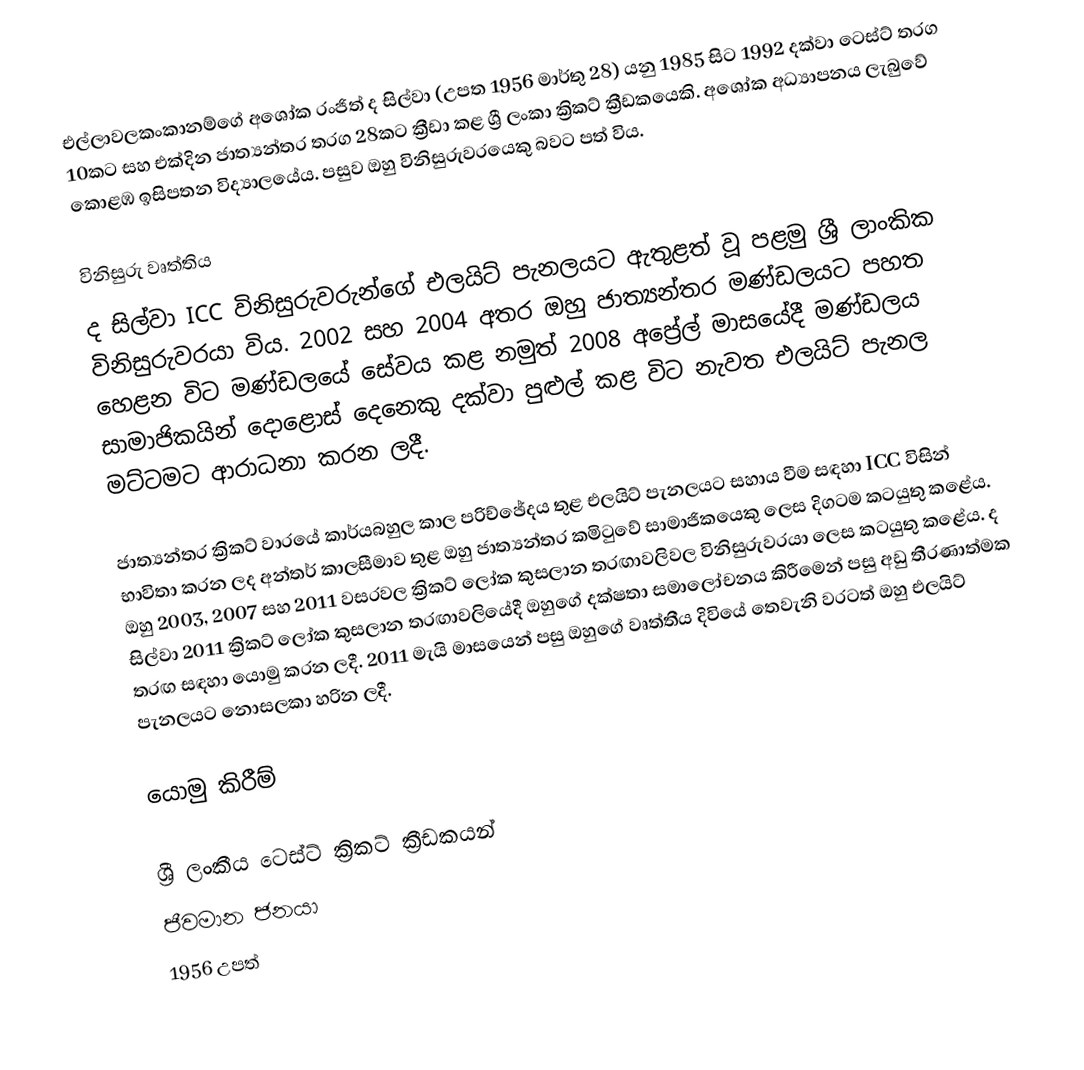
එල්ලාවලකංකානම්ගේ අශෝක රංජිත් ද සිල්වා (උපත 1956 මාර්තු 28) යනු 1985 සිට 1992 දක්වා ටෙස්ට් තරග 10කට සහ එක්දින ජාත්‍යන්තර තරග 28කට ක්‍රීඩා කළ ශ්‍රී ලංකා ක්‍රිකට් ක්‍රීඩකයෙකි. අශෝක අධ්‍යාපනය ලැබුවේ කොළඹ ඉසිපතන විද්‍යාලයේය. පසුව ඔහු විනිසුරුවරයෙකු බවට පත් විය.

විනිසුරු වෘත්තිය
ද සිල්වා ICC විනිසුරුවරුන්ගේ එලයිට් පැනලයට ඇතුළත් වූ පළමු ශ්‍රී ලාංකික විනිසුරුවරයා විය. 2002 සහ 2004 අතර ඔහු ජාත්‍යන්තර මණ්ඩලයට පහත හෙළන විට මණ්ඩලයේ සේවය කළ නමුත් 2008 අප්‍රේල් මාසයේදී මණ්ඩලය සාමාජිකයින් දොළොස් දෙනෙකු දක්වා පුළුල් කළ විට නැවත එලයිට් පැනල මට්ටමට ආරාධනා කරන ලදී.

ජාත්‍යන්තර ක්‍රිකට් වාරයේ කාර්යබහුල කාල පරිච්ඡේදය තුළ එලයිට් පැනලයට සහාය වීම සඳහා ICC විසින් භාවිතා කරන ලද අන්තර් කාලසීමාව තුළ ඔහු ජාත්‍යන්තර කමිටුවේ සාමාජිකයෙකු ලෙස දිගටම කටයුතු කළේය. ඔහු 2003, 2007 සහ 2011 වසරවල ක්‍රිකට් ලෝක කුසලාන තරඟාවලිවල විනිසුරුවරයා ලෙස කටයුතු කළේය. ද සිල්වා 2011 ක්‍රිකට් ලෝක කුසලාන තරඟාවලියේදී ඔහුගේ දක්ෂතා සමාලෝචනය කිරීමෙන් පසු අඩු තීරණාත්මක තරඟ සඳහා යොමු කරන ලදී. 2011 මැයි මාසයෙන් පසු ඔහුගේ වෘත්තීය දිවියේ තෙවැනි වරටත් ඔහු එලයිට් පැනලයට නොසලකා හරින ලදී.

යොමු කිරීම්

ශ්‍රී ලංකීය ටෙස්ට් ක්‍රිකට් ක්‍රීඩකයන්
ජීවමාන ජනයා
1956 උපත්